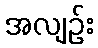
အလျဉ်း